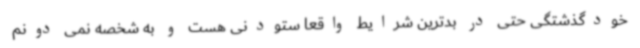
خودگذشتگی حتی در بدترین شرایط واقعا ستودنی هست و به شخصه نمی دونم